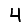
Digit: 4